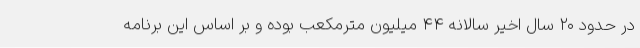
در حدود ۲۰ سال اخیر سالانه ۴۴ میلیون مترمکعب بوده و بر اساس این برنامه